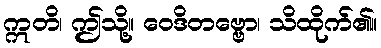
ဣတိ၊ ဤသို့။ ဝေဒိတဗ္ဗော၊ သိထိုက်၏။